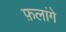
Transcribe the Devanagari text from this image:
फ़लांगे